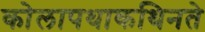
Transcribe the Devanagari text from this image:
कोलापथाकथिनते